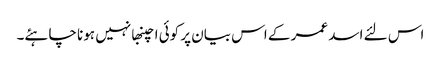
اس لئے اسد عمر کے اس بیان پر کوئی اچنبھا نہیں ہونا چاہئے۔